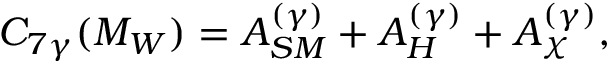
C _ { 7 \gamma } ( M _ { W } ) = A _ { S M } ^ { ( \gamma ) } + A _ { H } ^ { ( \gamma ) } + A _ { \chi } ^ { ( \gamma ) } ,